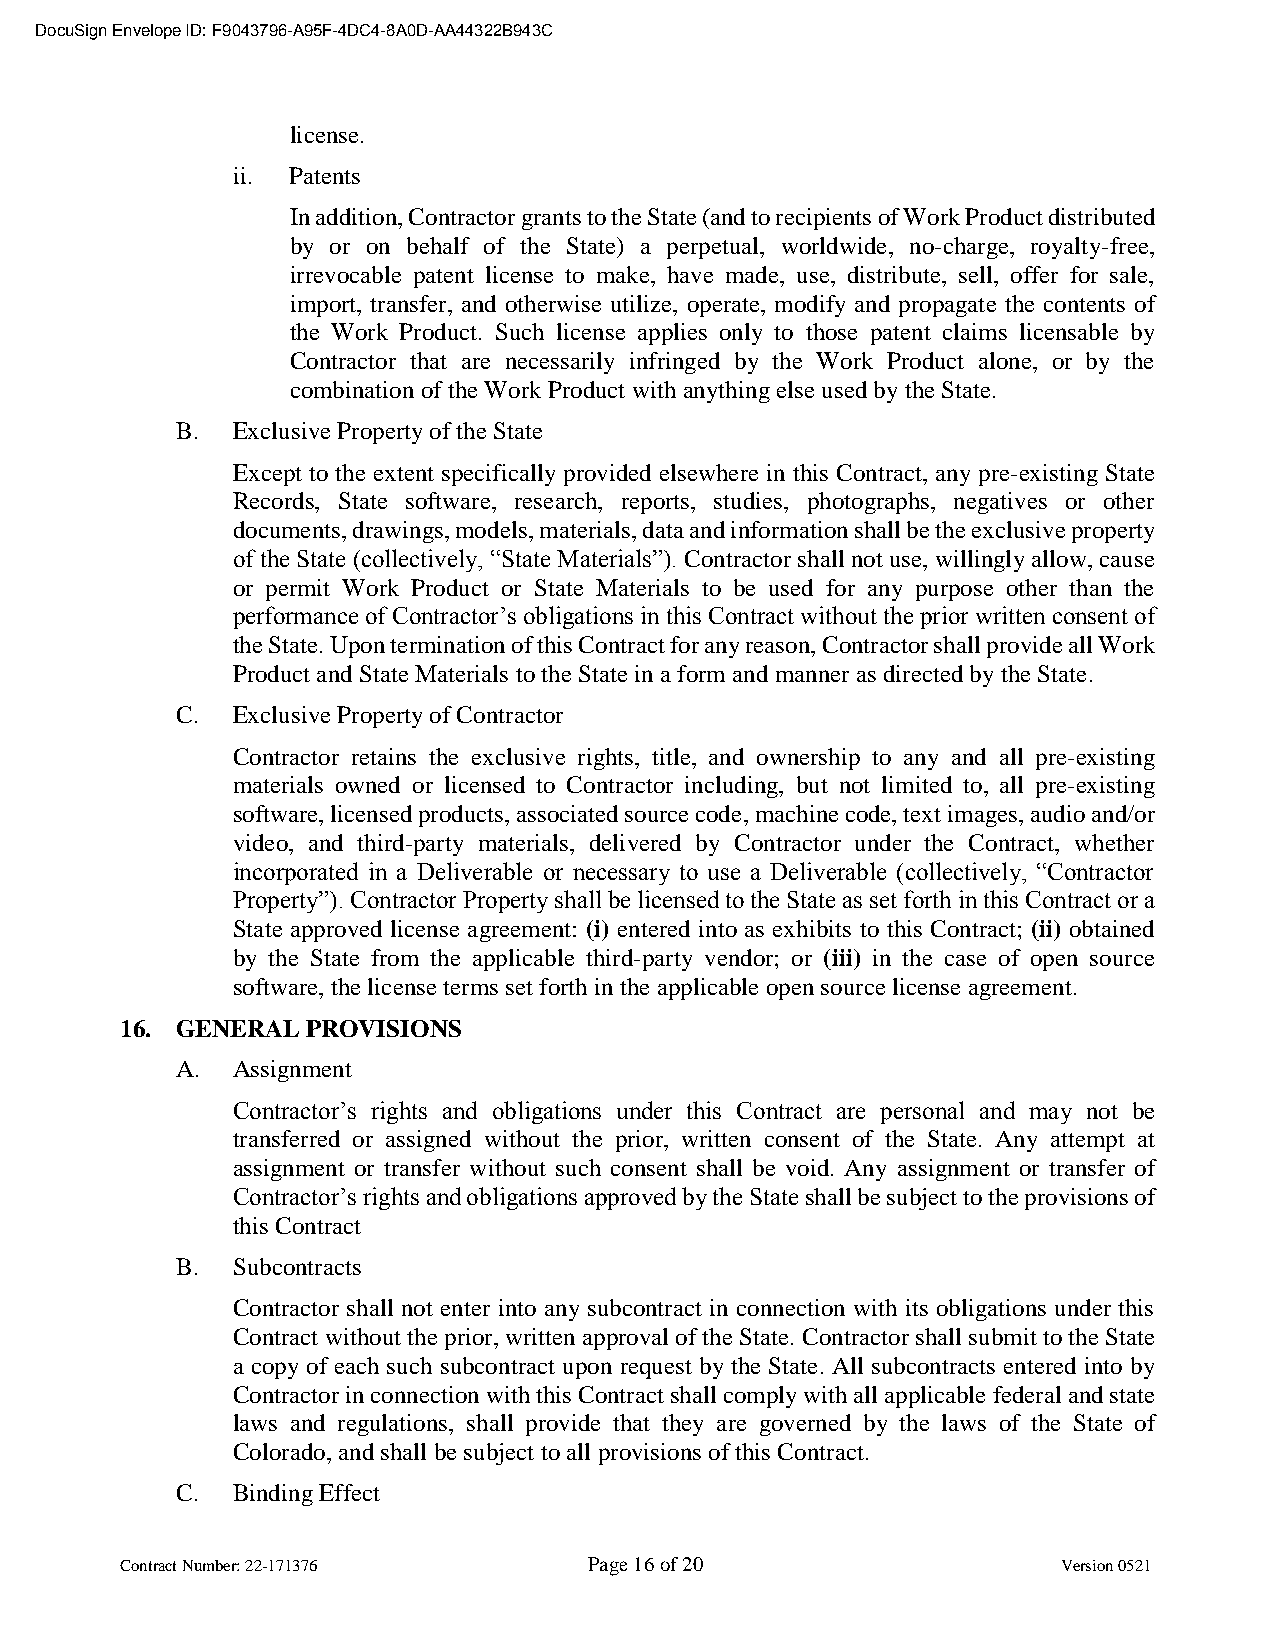
DocuSign Envelope ID: F9043796-A95F-4DC4-8A0D-AA44322B943C
 license.
 ii. Patents
 In addition, Contractor grants to the State (and to recipients of Work Product distributed
 by or on behalf of the State) a perpetual, worldwide, no-charge, royalty-free,
 irrevocable patent license to make, have made, use, distribute, sell, offer for sale,
 import, transfer, and otherwise utilize, operate, modify and propagate the contents of
 the Work Product. Such license applies only to those patent claims licensable by
 Contractor that are necessarily infringed by the Work Product alone, or by the
 combination of the Work Product with anything else used by the State.
 B. Exclusive Property of the State
 Except to the extent specifically provided elsewhere in this Contract, any pre-existing State
 Records, State software, research, reports, studies, photographs, negatives or other
 documents, drawings, models, materials, data and information shall be the exclusive property
 of the State (collectively, “State Materials”). Contractor shall not use, willingly allow, cause
 or permit Work Product or State Materials to be used for any purpose other than the
 performance of Contractor’s obligations in this Contract without the prior written consent of
 the State. Upon termination of this Contract for any reason, Contractor shall provide all Work
 Product and State Materials to the State in a form and manner as directed by the State.
 C. Exclusive Property of Contractor
 Contractor retains the exclusive rights, title, and ownership to any and all pre-existing
 materials owned or licensed to Contractor including, but not limited to, all pre-existing
 software, licensed products, associated source code, machine code, text images, audio and/or
 video, and third-party materials, delivered by Contractor under the Contract, whether
 incorporated in a Deliverable or necessary to use a Deliverable (collectively, “Contractor
 Property”). Contractor Property shall be licensed to the State as set forth in this Contract or a
 State approved license agreement: (i) entered into as exhibits to this Contract; (ii) obtained
 by the State from the applicable third-party vendor; or (iii) in the case of open source
 software, the license terms set forth in the applicable open source license agreement.
 16. GENERAL PROVISIONS
 A. Assignment
 Contractor’s rights and obligations under this Contract are personal and may not be
 transferred or assigned without the prior, written consent of the State. Any attempt at
 assignment or transfer without such consent shall be void. Any assignment or transfer of
 Contractor’s rights and obligations approved by the State shall be subject to the provisions of
 this Contract
 B. Subcontracts
 Contractor shall not enter into any subcontract in connection with its obligations under this
 Contract without the prior, written approval of the State. Contractor shall submit to the State
 a copy of each such subcontract upon request by the State. All subcontracts entered into by
 Contractor in connection with this Contract shall comply with all applicable federal and state
 laws and regulations, shall provide that they are governed by the laws of the State of
 Colorado, and shall be subject to all provisions of this Contract.
 C. Binding Effect
 Contract Number: 22-171376     Page 16 of 20                  Version 0521